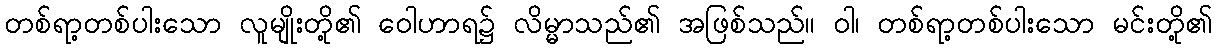
တစ်ရာ့တစ်ပါးသော လူမျိုးတို့၏ ဝေါဟာရ၌ လိမ္မာသည်၏ အဖြစ်သည်။ ဝါ၊ တစ်ရာ့တစ်ပါးသော မင်းတို့၏